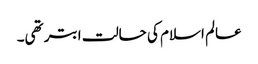
عالم اسلام کی حالت ابتر تھی۔